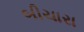
બીચારા